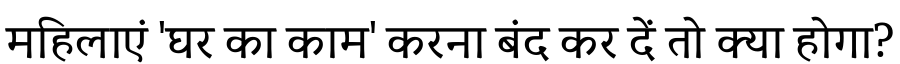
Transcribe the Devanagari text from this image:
महिलाएं 'घर का काम' करना बंद कर दें तो क्या होगा?